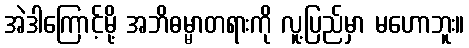
အဲဒါကြောင့်မို့ အဘိဓမ္မာတရားကို လူ့ပြည်မှာ မဟောဘူး။